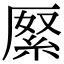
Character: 𠪓